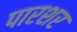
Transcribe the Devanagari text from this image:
पारशर